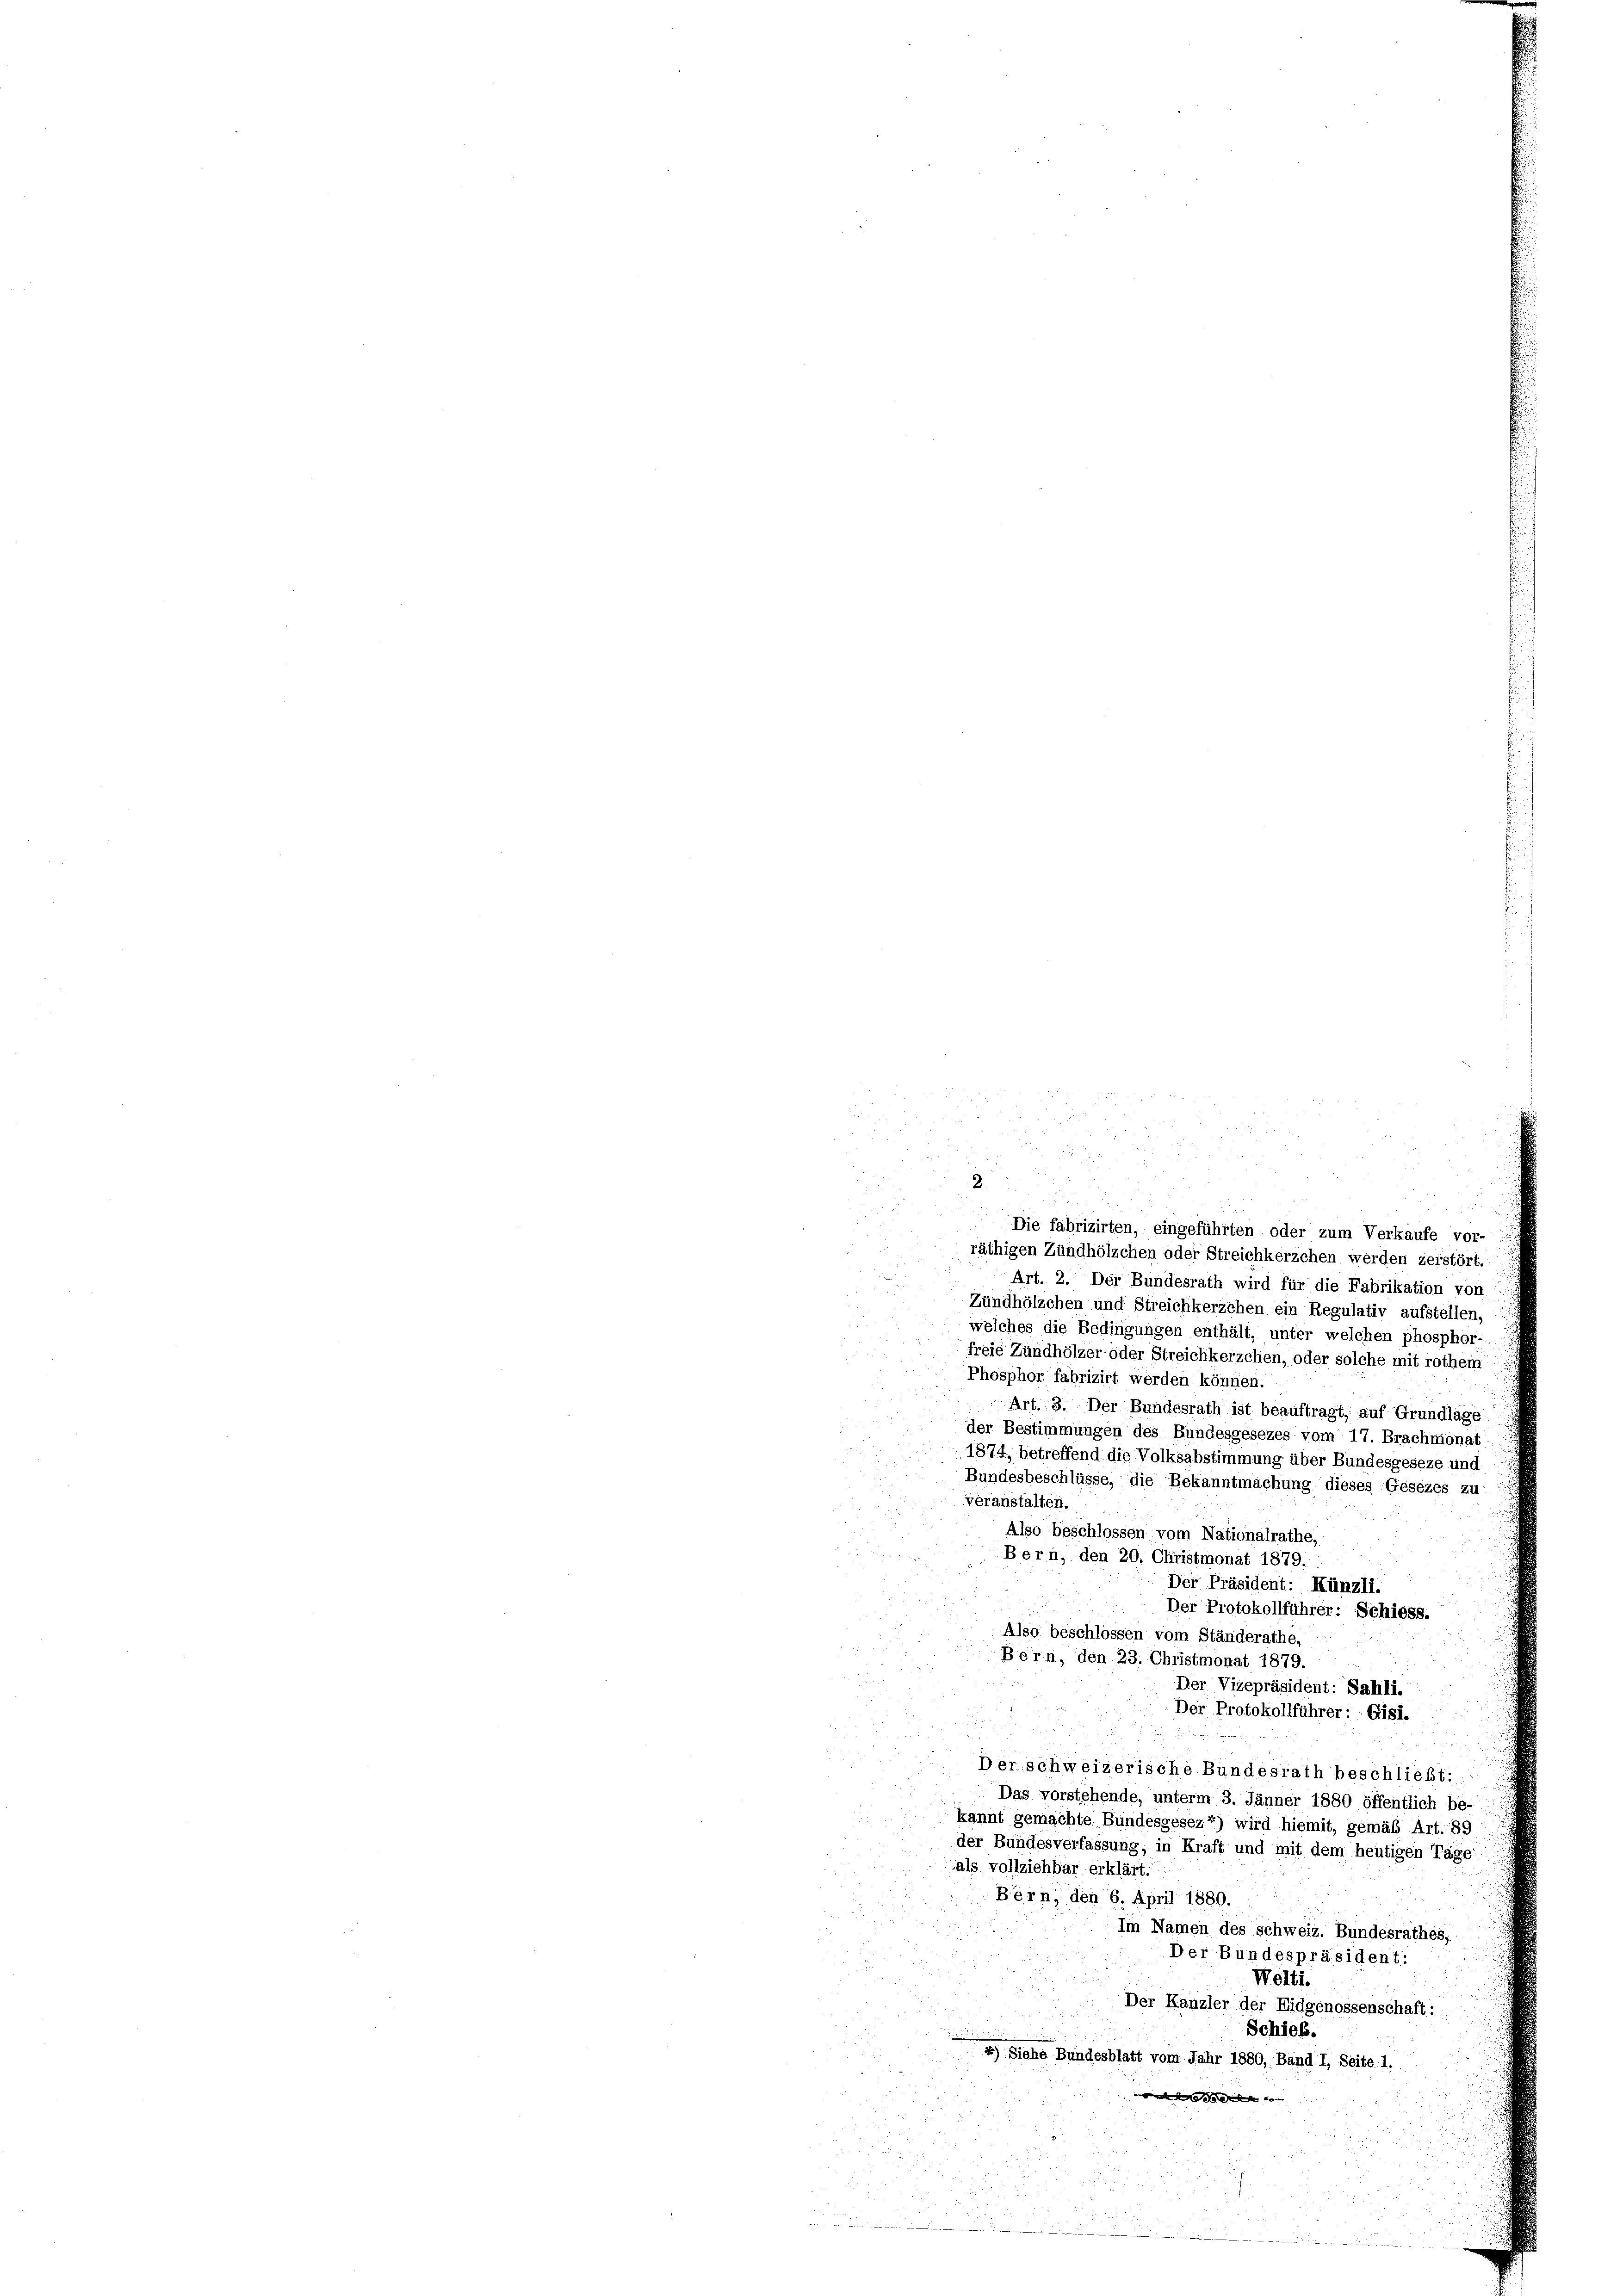
b
u
u
Die fabrizirten, eingeführten oder zum Verkaufe vor-
räthigen Zündhölzchen oder Streichkerzehen werden zerstört
Art. 2. Der Bundesrath wird für die Fabrikation von
Zündhölzchen und Streichkerzchen ein Regulativ aufstellen,
welches die Bedingungen enthält, unter welchen phosphor-
freie Zündhölzer oder Streichkerzchen, oder solche mit rothem.
Phosphor fabrizirt werden können.
Art. 3. Der Bundesrath ist beauftragt, auf Grundlage
der Bestimmungen des Bundesgesezes vom 17. Brachmonat
1874, betreffend die Volksabstimmung über Bundesgeseze und
Bundesbeschlüsse, die Bekanntmachung dieses Gesezes zu
veranstalten.
Also beschlossen vom Nationalrathe,
Bern, den 20. Christmonat 1879.
Der Präsident: Künzli.
Der Protokollführer: Schiess.
Also beschlossen vom Ständerathe,
Bern, den 23. Christmonat 1879.
Der Vizepräsident: Sahli.
Der Protokollführer: Gisi.
Der schweizerische Bundesrath beschließt:
Das vorstehende, unterm 3. Jänner 1880 öffentlich be-
kannt gemachte Bundesgesez“) wird hiemit, gemäß Art. 89
der Bundesverfassung, in Kraft und mit dem heutigen Tage:
als vollziehbar erklärt.
Bern, den 6. April 1880.
Im Namen des Schweiz. Bundesrathes,
Der Bundespräsident.
Welti.
Der Kanzler der Eidgenossenschaft:
Schieß.
4) Siehe Bundesblatt vom Jahr 1880, Band I, Seite 1.
angen den gelegende von

n

u

e